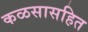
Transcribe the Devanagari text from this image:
कळसासहित